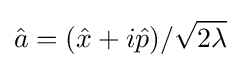
{\hat {a}}=({\hat {x}}+i{\hat {p}})/{\sqrt {2\lambda }}